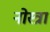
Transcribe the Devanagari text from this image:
नोस्त्रा